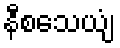
နီစသေယျံ